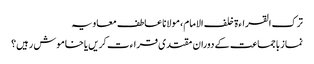
ترک القراءۃ خلف الامام، مولانا عاطف معاویہ
نماز باجماعت کے دوران مقتدی قراءت کریں یا خاموش رہیں؟